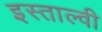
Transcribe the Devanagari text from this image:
इस्ताल्वी